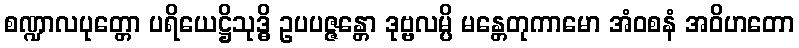
စဏ္ဍာလပုတ္တော ပရိယေဋ္ဌိသုဒ္ဓိ ဥပပဇ္ဇန္တော ဒုဗ္ဗလမ္ပိ မန္တေတုကာမော အံဝစနံ အဝိဟတော